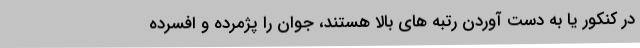
در کنکور یا به دست آوردن رتبه های بالا هستند، جوان را پژمرده و افسرده